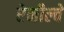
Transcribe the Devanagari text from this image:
रेनील्वे